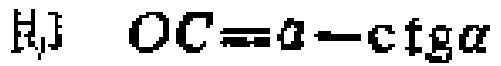
\[ \text{得，} OC = a - \ctg\alpha \]